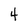
Character: 4